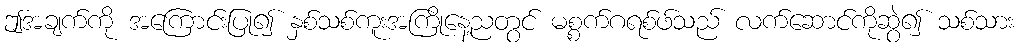
ဤအချက်ကို အကြောင်းပြု၍ နှစ်သစ်ကူးအကြိုနေ့ညတွင် မစ္စက်ဂရစ်ဖ်သည် လက်ဆောင်ကိုဆွဲ၍ သစ်သား